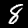
Digit: 8